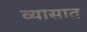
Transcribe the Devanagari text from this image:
व्यासात